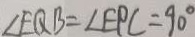
\angle E Q B = \angle E P C = 9 0 ^ { \circ }